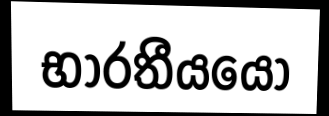
භාරතීයයෝ